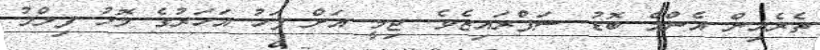
ތެރެއިން އެންމެ ބޮޑު ސަޕްރައިޒެވެ. ޖިމީ އަށް ފަހު އަަހަރުގެ މޮޅު ފިލްމު